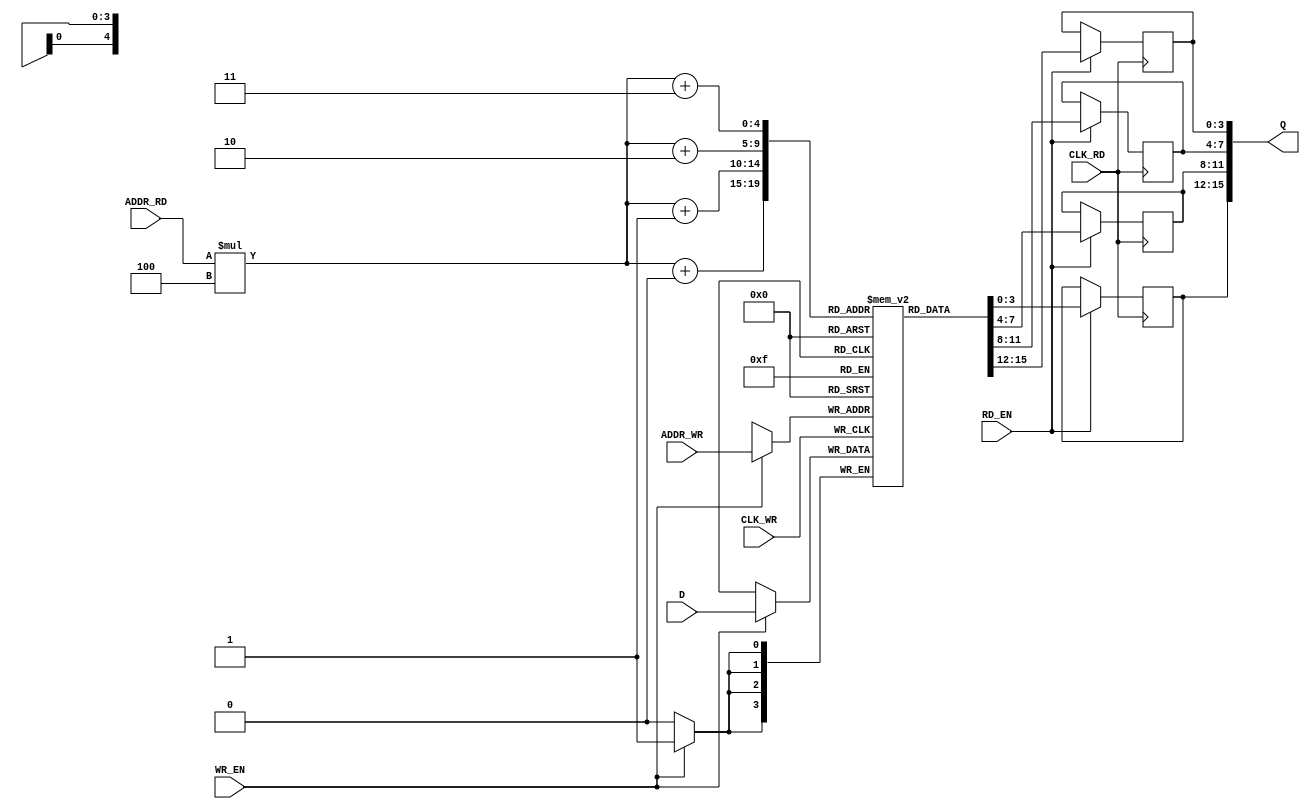
module  ramdp
#(  
    parameter   AWI = 5     ,
    parameter   AWO = 3     ,
    parameter   DWI = 4    ,
    parameter   DWO = 16
)
(
        input   wire            CLK_WR  ,   //
        input   wire            WR_EN   ,   //
        input   wire[AWI-1:0]   ADDR_WR ,   //
        input   wire[DWI-1:0]   D       ,   //
        input   wire            CLK_RD  ,   //
        input   wire            RD_EN   ,   //
        input   wire[AWO-1:0]   ADDR_RD ,   //
        output  reg [DWO-1:0]   Q           //
);
//
parameter       EXTENT       = DWO/DWI ;
parameter       EXTENT_BIT   = AWI-AWO > 0 ? AWI-AWO : 'b1 ;
//
parameter       SHRINK       = DWI/DWO ;
parameter       SHRINK_BIT   = AWO-AWI > 0 ? AWO-AWI : 'b1;

genvar i ;
generate
   //
   if (DWO >= DWI) begin
      //
      reg [DWI-1:0]         mem [(1<<AWI)-1 : 0] ;
      always @(posedge CLK_WR) begin
         if (WR_EN) begin
            mem[ADDR_WR]  <= D ;
         end
      end
      // 4 
      for (i=0; i<EXTENT; i=i+1) begin
         always @(posedge CLK_RD) begin
            if (RD_EN) begin
               Q[(i+1)*DWI-1: i*DWI]  <= mem[(ADDR_RD*EXTENT) + i ] ;
            end
         end
      end
   end
   //=================================================
   //
   else begin
      // 4 
      reg [DWO-1:0]         mem [(1<<AWO)-1 : 0] ;
      for (i=0; i<SHRINK; i=i+1) begin
         always @(posedge CLK_WR) begin
            if (WR_EN) begin
               mem[(ADDR_WR*SHRINK)+i]  <= D[(i+1)*DWO -1: i*DWO] ;
            end
         end
      end
      // 1 
      always @(posedge CLK_RD) begin
         if (RD_EN) begin
             Q <= mem[ADDR_RD] ;
         end
      end
   end
endgenerate

endmodule